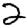
Digit: 2